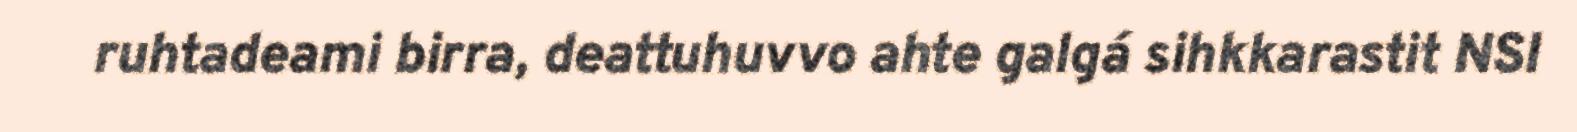
ruhtadeami birra, deattuhuvvo ahte galgá sihkkarastit NSI